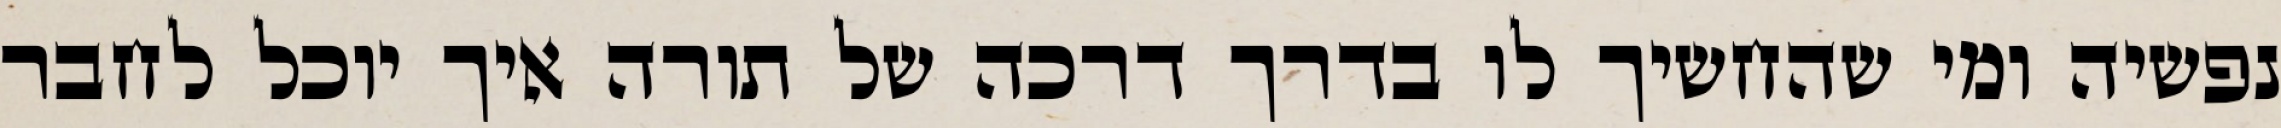
נפשיה ומי שהחשיך לו בדרך דרכה של תורה איך יוכל לחבר